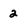
Character: 2